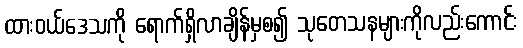
ထားဝယ်ဒေသကို ရောက်ရှိလာချိန်မှစ၍ သုတေသနများကိုလည်းကောင်း